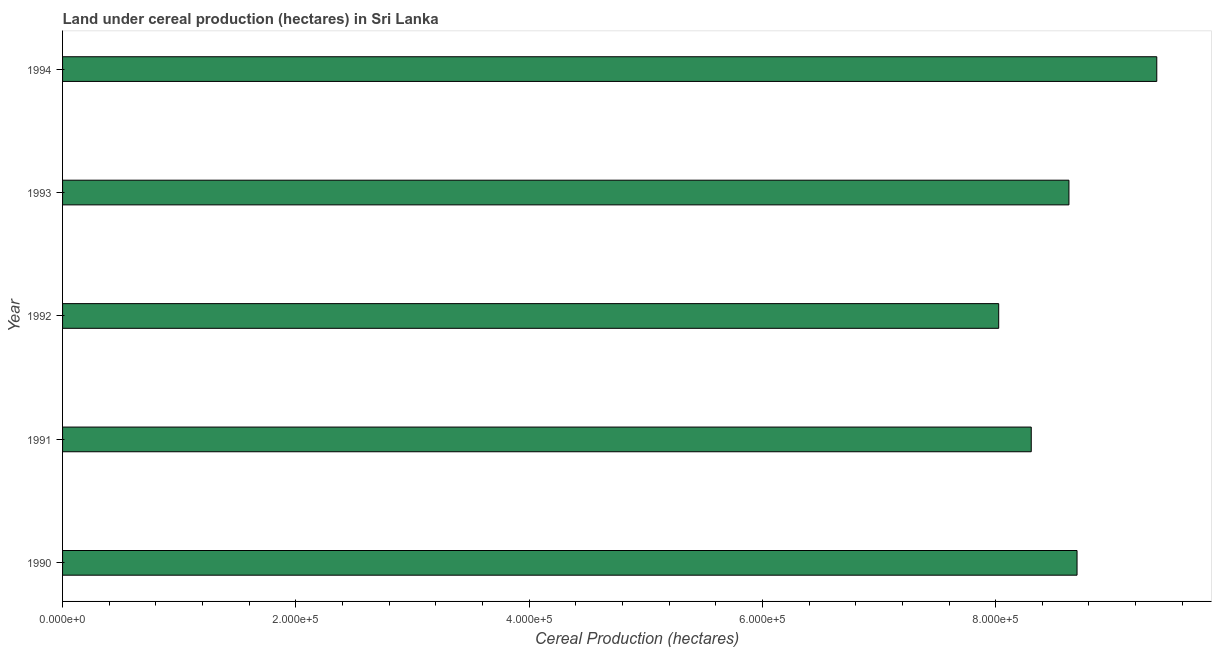
| Year | Land under cereal production (hectares) |
 | --- | --- |
 | 1990 | 8.7e+05 |
 | 1991 | 8.31e+05 |
 | 1992 | 8.03e+05 |
 | 1993 | 8.63e+05 |
 | 1994 | 9.38e+05 |